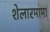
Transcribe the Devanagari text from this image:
शेलारमामा